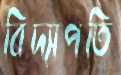
বিদ্যাপতি